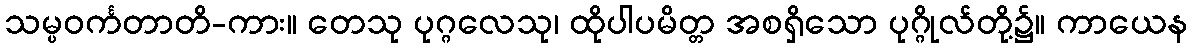
သမ္ပဝင်္ကတာတိ-ကား။ တေသု ပုဂ္ဂလေသု၊ ထိုပါပမိတ္တ အစရှိသော ပုဂ္ဂိုလ်တို့၌။ ကာယေန